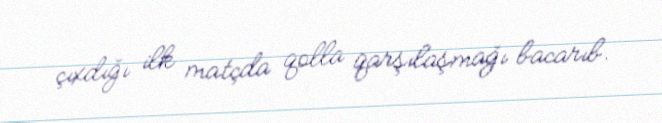
çıxdığı ilk matçda qolla qarşılaşmağı bacarıb.